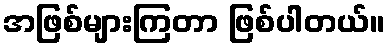
အဖြစ်များကြတာ ဖြစ်ပါတယ်။